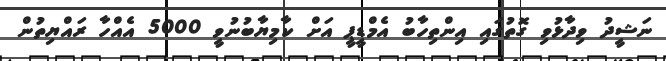
ނަޝީދު ވިދާޅުވި ގޮތުގައި އިންތިހާބު އެމްޑީޕީ އަށް ކާމިޔާބުނުވީ 5000 އެއްހާ ރައްޔިތުން